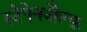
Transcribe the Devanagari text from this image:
स्टेपेनवौल्फ़